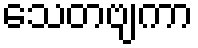
သေတဗျကာ